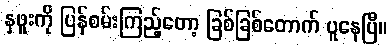
နှဖူးကို ပြန်စမ်းကြည့်တော့ ခြစ်ခြစ်တောက် ပူနေပြီ။